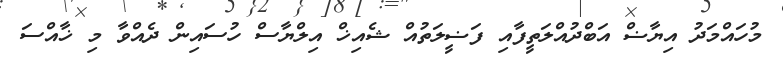
މުހައްމަދު އިޔާޟް އަބްދުއްލަތީފާއި ފަޟީލަތުއް ޝެއިޚް އިލްޔާސް ހުސައިން ދެއްވާ މި ޚާއްސަ